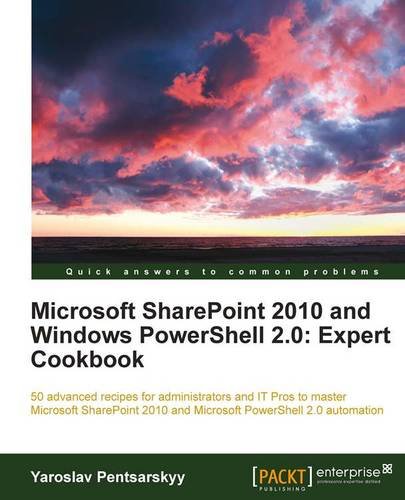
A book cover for Microsoft SharePoint 2010 and Windows PowerShell 2.0: Expert Cookbook; Yaroslav Pentsarskyy; Computers & Technology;